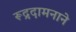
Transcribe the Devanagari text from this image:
रूद्रदामनाने